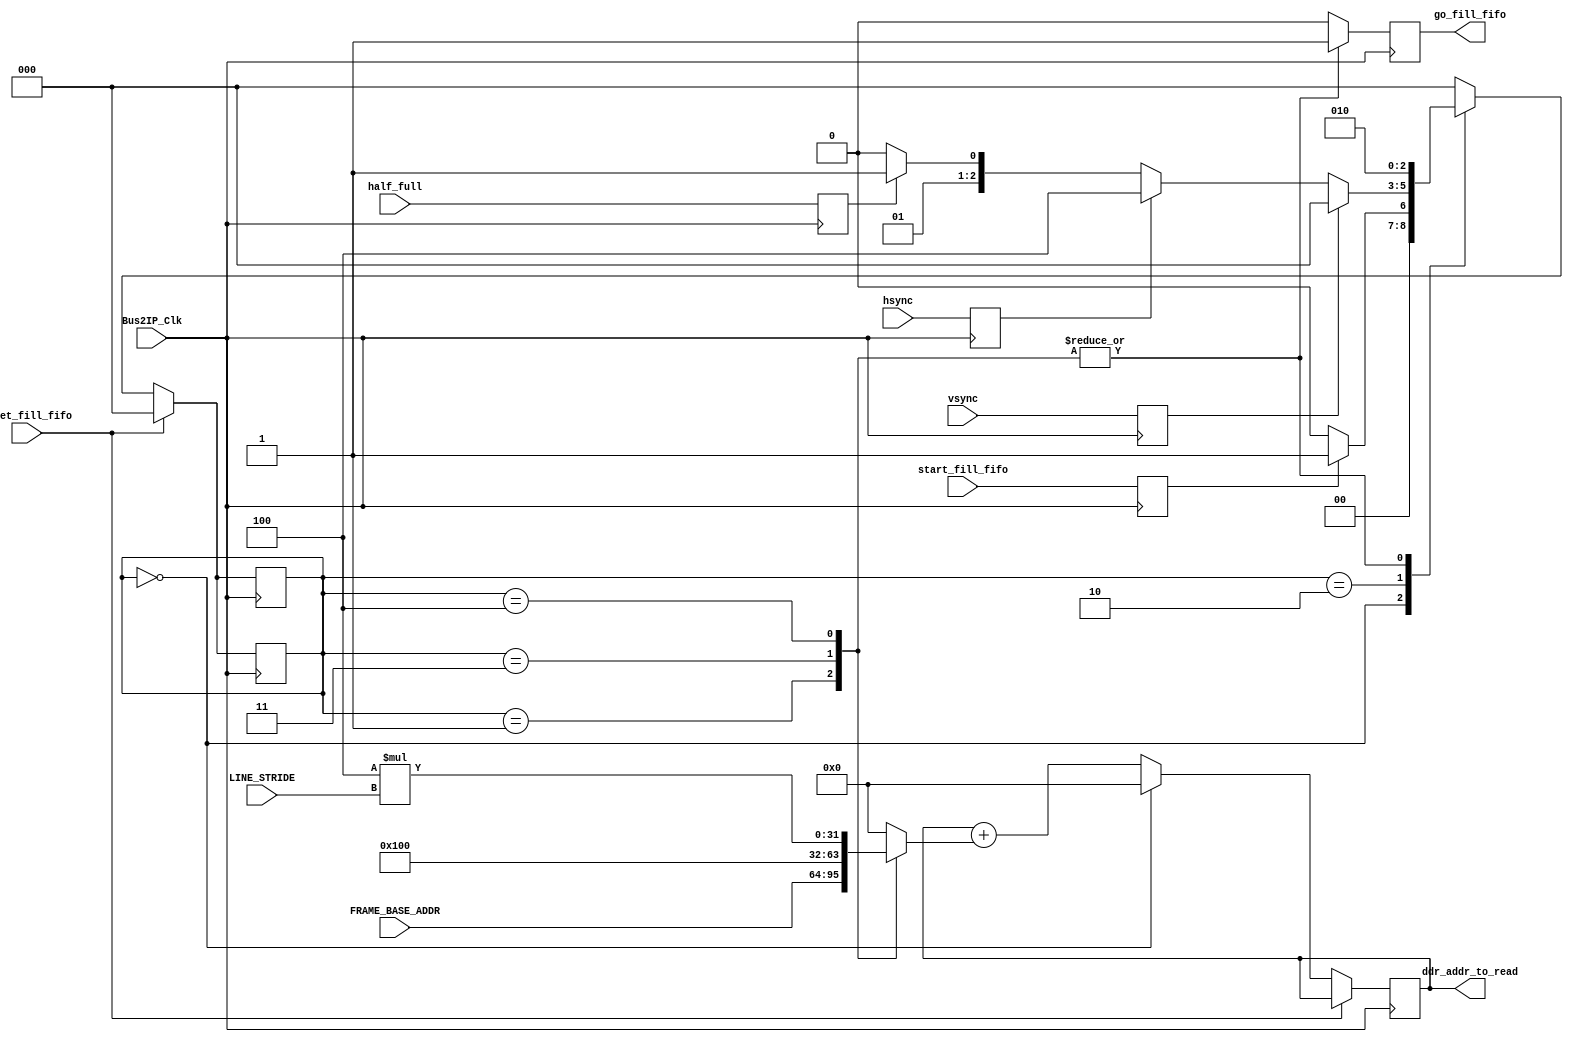
module fill_fifo_fsm( input Bus2IP_Clk,
					  input reset_fill_fifo,	
					  input start_fill_fifo,
					  input hsync,							//obtain hsync and vsync from hdmi_core
					  input vsync,
					  input half_full,
					  input [31:0] FRAME_BASE_ADDR,			//obtain these from software (slv_reg in user_logic)
					  input [31:0] LINE_STRIDE,
					  //input	[31:0] NUM_BYTES_PER_PIXEL,
					  output reg [31:0] ddr_addr_to_read,
					  output reg 		go_fill_fifo);		//use to control FIFO write_xfer signal in user_logic
					


 ///////////////////////////////
 //parameters

parameter NUM_BYTES_PER_PIXEL = 32'd4;


parameter 	RESET_fill_fifo 	= 3'b000;
 parameter 	BEGIN_fill_fifo 	= 3'b001;
 parameter 	IDLE_fill_fifo 		= 3'b010;
 parameter 	DONE_HALF_fill_fifo = 3'b011;
 parameter 	DONE_LINE_fill_fifo = 3'b100;

 parameter      HALF_FIFO = 32'h100;
 
 //signals
 reg            start_fill_fifo_reg;
 reg            hsync_reg;
 reg            vsync_reg;
 reg            half_full_reg;

 reg		[2:0] fill_fifo_fsm_state;
 reg 		[2:0] fill_fifo_fsm_nextstate;
 reg		[31:0] addr_inc;
 reg            go_fill_fifo_next;
 ///////////////////////////////

  always @ (posedge Bus2IP_Clk)
	begin
		start_fill_fifo_reg <= start_fill_fifo;
		hsync_reg <= hsync;
		vsync_reg <= vsync;
		half_full_reg <= half_full;
	end
 
  //combinational logic
  always @ (posedge Bus2IP_Clk)
	begin
		go_fill_fifo <= go_fill_fifo_next;
		if (reset_fill_fifo) 
			begin
			fill_fifo_fsm_state <= RESET_fill_fifo;
			//ddr_addr_to_read <= 32'b0;
			end
		else 
			begin
			fill_fifo_fsm_state <= fill_fifo_fsm_nextstate;
			 	  if (fill_fifo_fsm_state == RESET_fill_fifo) ddr_addr_to_read <= 32'b0; //reset address register when in reset state
     	    else	ddr_addr_to_read <= ddr_addr_to_read + addr_inc; //otherwise, increment address reg by addr_inc (value depends on state)
			end
	end
	
	always @ (posedge Bus2IP_Clk)
	begin
		if (reset_fill_fifo) 
			fill_fifo_fsm_state <= RESET_fill_fifo;
		else fill_fifo_fsm_state <= fill_fifo_fsm_nextstate;
	end
  
  //next state logic
  always @ (*)
	begin
		case (fill_fifo_fsm_state)
			RESET_fill_fifo:
											fill_fifo_fsm_nextstate = (start_fill_fifo_reg) ? BEGIN_fill_fifo : RESET_fill_fifo;
			BEGIN_fill_fifo:
											fill_fifo_fsm_nextstate = IDLE_fill_fifo;
			IDLE_fill_fifo:
				begin
					if (vsync_reg) 				      fill_fifo_fsm_nextstate = RESET_fill_fifo; 		//done frame, go back to reset state
					else if (hsync_reg) 		   fill_fifo_fsm_nextstate = DONE_LINE_fill_fifo; 	
					else if (half_full_reg)		fill_fifo_fsm_nextstate = DONE_HALF_fill_fifo;
					else					           fill_fifo_fsm_nextstate = IDLE_fill_fifo;
				end
			DONE_HALF_fill_fifo:
											fill_fifo_fsm_nextstate = IDLE_fill_fifo;
			DONE_LINE_fill_fifo:
											fill_fifo_fsm_nextstate = IDLE_fill_fifo;
			default:
											fill_fifo_fsm_nextstate = RESET_fill_fifo; //error, should not go to default
		endcase
	end
	
  //output logic
  always @ (*)
	begin
		case (fill_fifo_fsm_state)
			RESET_fill_fifo:
				begin
				addr_inc			= 32'b0;
				go_fill_fifo_next 		= 1'b0;
				end
			BEGIN_fill_fifo:
				begin
				addr_inc		 	= FRAME_BASE_ADDR; //start reading from beginning of frame -->this will actually be from slv_reg (Software)
				go_fill_fifo_next 		= 1'b1;
				end							
			IDLE_fill_fifo:
				begin
				addr_inc		 	= 32'b0; 
				go_fill_fifo_next 		= 1'b0;
				end
			DONE_HALF_fill_fifo:
				begin
				addr_inc		 	= HALF_FIFO; //64 words * 4 bytes/word = 256 bytes = half fifo
				go_fill_fifo_next 		= 1'b1;
				end
			DONE_LINE_fill_fifo:
				begin
				addr_inc		 	= NUM_BYTES_PER_PIXEL*(LINE_STRIDE); //(stride in pixels)(#bytes/pixel)
				go_fill_fifo_next 		= 1'b1;
				end
			default:
				begin
				addr_inc			= 32'b0;
				go_fill_fifo_next 		= 1'b0;
				end			
		endcase
	end
 

endmodule